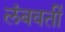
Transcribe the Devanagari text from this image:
लंबवर्ती